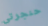
حنجرتي